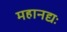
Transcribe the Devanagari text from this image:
महानद्यः